Annual report on the working of the mental hospitals in the Madras Presidency - 1912-1932
Year: 1912
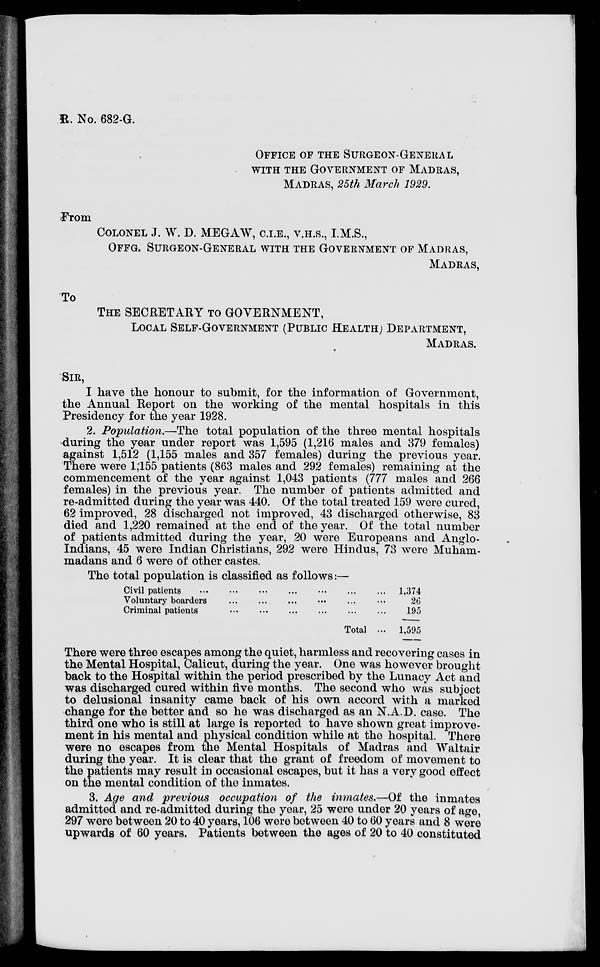
R. No. 682-G.
OFFICE OF THE SURGEON-GENERAL
WITH THE GOVERNMENT OF MADRAS,
MADRAS, 25th March 1929.
From
COLONEL J. W. D. MEGAW, C.I.E., V.H.S., I.M.S.,
OFFG. SURGEON-GENERAL WITH THE GOVERNMENT OF MADRAS,
MADRAS,
To
THE SECRETARY TO GOVERNMENT,
LOCAL SELF-GOVERNMENT (PUBLIC HEALTH) DEPARTMENT,
MADRAS.
SIR,
I have the honour to submit, for the information of Government,
the Annual Report on the working of the mental hospitals in this
Presidency for the year 1928.
2. Population.—The total population of the three mental hospitals
during the year under report was 1,595 (1,216 males and 379 females)
against 1,512 (1,155 males and 357 females) during the previous year.
There were 1,155 patients (863 males and 292 females) remaining at the
commencement of the year against 1,043 patients (777 males and 266
females) in the previous year. The number of patients admitted and
re-admitted during the year was 440. Of the total treated 159 were cured,
62 improved, 28 discharged not improved, 43 discharged otherwise, 83
died and 1,220 remained at the end of the year. Of the total number
of patients admitted during the year, 20 were Europeans and Anglo-
Indians, 45 were Indian Christians, 292 were Hindus, 73 were Muham-
madans and 6 were of other castes.
The total population is classified as follows:—
Civil patients ... ... ... ... ... ... ...
Voluntary boarders ... ... ... ... ... ...
Criminal patients ... ... ... ... ... ...
Total ...
1,374
26
195
1,595
There were three escapes among the quiet, harmless and recovering cases in
the Mental Hospital, Calicut, during the year. One was however brought
back to the Hospital within the period prescribed by the Lunacy Act and
was discharged cured within five months. The second who was subject
to delusional insanity came back of his own accord with a marked
change for the better and so he was discharged as an N.A.D. case. The
third one who is still at large is reported to have shown great improve-
ment in his mental and physical condition while at the hospital. There
were no escapes from the Mental Hospitals of Madras and Waltair
during the year. It is clear that the grant of freedom of movement to
the patients may result in occasional escapes, but it has a very good effect
on the mental condition of the inmates.
3. Age and previous occupation of the inmates.—Of the inmates
admitted and re-admitted during the year, 25 were under 20 years of age,
297 were between 20 to 40 years, 106 were between 40 to 60 years and 8 were
upwards of 60 years. Patients between the ages of 20 to 40 constituted